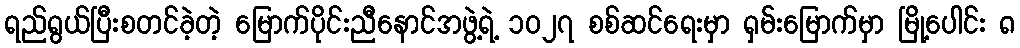
ရည်ရွယ်ပြီးစတင်ခဲ့တဲ့ မြောက်ပိုင်းညီနောင်အဖွဲ့ရဲ့ ၁၀၂၇ စစ်ဆင်ရေးမှာ ရှမ်းမြောက်မှာ မြို့ပေါင်း ၈